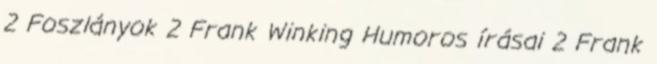
2 Foszlányok 2 Frank Winking Humoros írásai 2 Frank